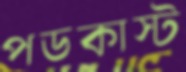
পডকাস্ট